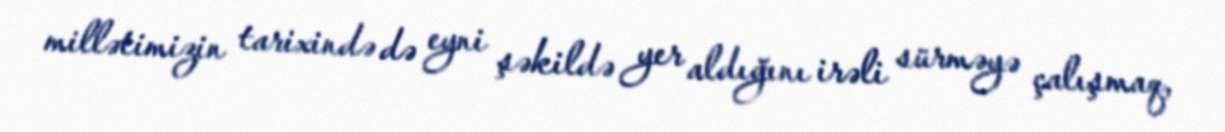
millətimizin tarixində də eyni şəkildə yer aldığını irəli sürməyə çalışmaq,